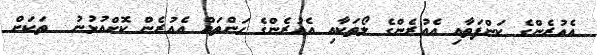
އެއުރެންގެ ކަންފަތާއި އެއުރެންގެ ލޯތަކާއި އެއުރެންގެ ހަންތައް އެއުރެން ކޮށްއުޅުނު  ތަކަށް